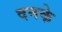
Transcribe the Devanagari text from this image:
दनके